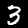
Label: 3